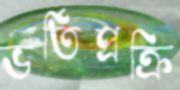
ভর্তিপ্রক্রি